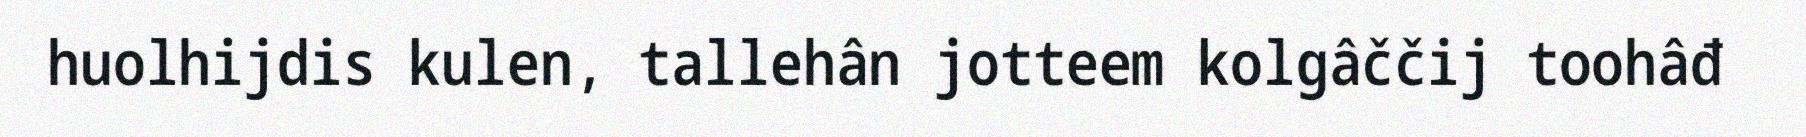
huolhijdis kulen, tallehân jotteem kolgâččij toohâđ